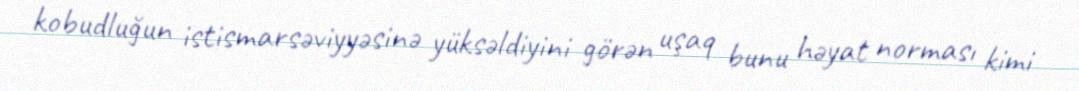
kobudluğun istismarsəviyyəsinə yüksəldiyini görən uşaq bunu həyat norması kimi